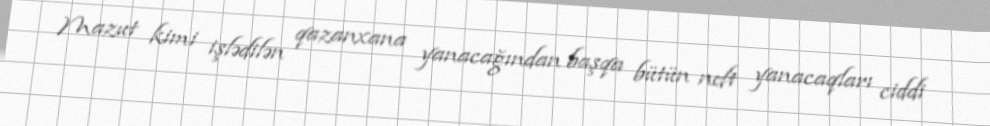
Mazut kimi işlədilən qazanxana yanacağından başqa bütün neft yanacaqları ciddi